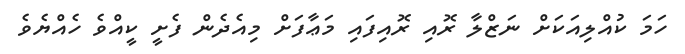
ހަމަ ކުއްލިއަކަށް ނަޒްލާ ރޮއި ރޮއިފައި މަޢާފަށް މިއެދެން ފެށީ ކީއްވެ ހެއްޔެވެ